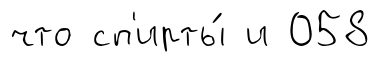
что сп'ирты́ и 058